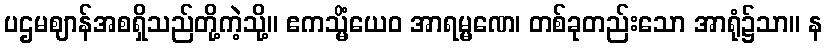
ပဌမဈာန်အစရှိသည်တို့ကဲ့သို့။ ဧကသ္မိံယေဝ အာရမ္မဏေ၊ တစ်ခုတည်းသော အာရုံ၌သာ။ န